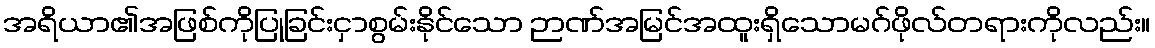
အရိယာ၏အဖြစ်ကိုပြုခြင်းငှာစွမ်းနိုင်သော ဉာဏ်အမြင်အထူးရှိသောမဂ်ဖိုလ်တရားကိုလည်း။